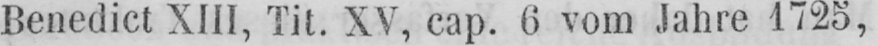
Benedict XIII, Tit. XV, cap. 6 vom Jahre 1725,